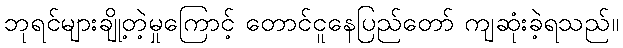
ဘုရင်များချို့တဲ့မှုကြောင့် တောင်ငူနေပြည်တော် ကျဆုံးခဲ့ရသည်။